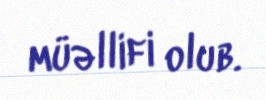
müəllifi olub.